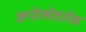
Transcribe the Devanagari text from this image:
अपोलोडारेस